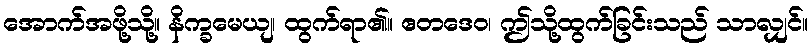
အောက်အဖို့သို့။ နိက္ခမေယျ၊ ထွက်ရာ၏။ ဧတဒေဝ၊ ဤသို့ထွက်ခြင်းသည် သာလျှင်။